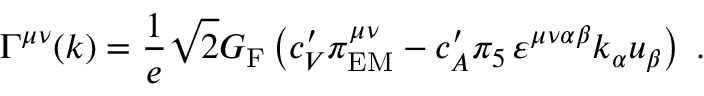
\Gamma ^ { \mu \nu } ( k ) = \frac { 1 } { e } \sqrt { 2 } G _ { \mathrm { F } } \left( c _ { V } ^ { \prime } \pi _ { \mathrm { E M } } ^ { \mu \nu } - c _ { A } ^ { \prime } \pi _ { 5 } \, \varepsilon ^ { \mu \nu \alpha \beta } k _ { \alpha } u _ { \beta } \right) \; .